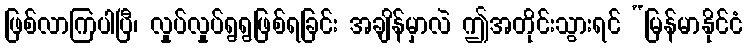
ဖြစ်လာကြပါပြီ၊ လှုပ်လှုပ်ရွရွဖြစ်ရခြင်း အချိန်မှာလဲ ဤအတိုင်းသွားရင် “မြန်မာနိုင်ငံ